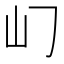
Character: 𡴮